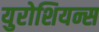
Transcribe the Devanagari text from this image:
युरोशियन्स